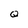
Character: Q